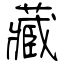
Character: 藏